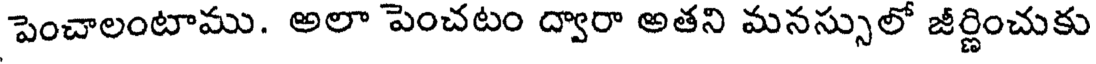
పెంచాలంటాము. అలా పెంచటం ద్వారా అతని మనస్సులో జీర్ణించుకు